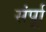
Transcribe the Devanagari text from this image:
संर्पूा